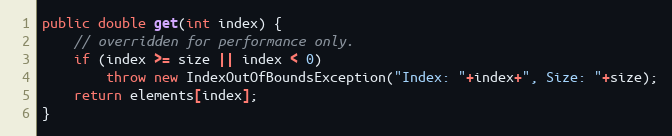
Language: Java
public double get(int index) {
	// overridden for performance only.
	if (index >= size || index < 0)
		throw new IndexOutOfBoundsException("Index: "+index+", Size: "+size);
	return elements[index];
}